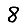
Digit: 8